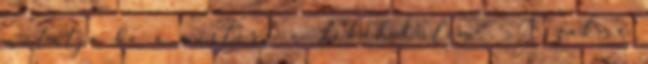
mutatja be a mestert a Lokál Online. „A szakma